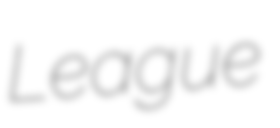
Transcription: League